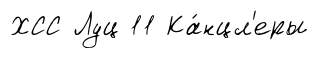
ХСС Луц 11 Ка́нцл'еры